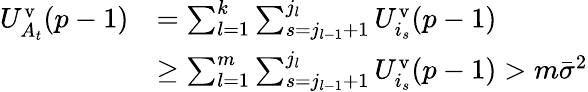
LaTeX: \begin{array}{rl}{U_{A_{t}}^{\mathrm{v}}(p-1)}&{=\sum_{l=1}^{k}\sum_{s=j_{l-1}+1}^{j_{l}}U_{i_{s}}^{\mathrm{v}}(p-1)}\\ &{\geq\sum_{l=1}^{m}\sum_{s=j_{l-1}+1}^{j_{l}}U_{i_{s}}^{\mathrm{v}}(p-1)>m\bar{\sigma}^{2}}\end{array}